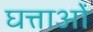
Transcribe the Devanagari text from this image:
घत्ताओं